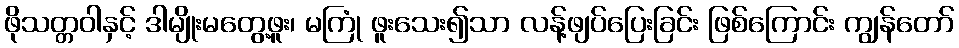
ဖိုသတ္တဝါနှင့် ဒါမျိုးမတွေ့ဖူး၊ မကြုံ ဖူးသေး၍သာ လန့်ဖျပ်ပြေးခြင်း ဖြစ်ကြောင်း ကျွန်တော်